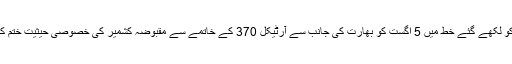
وزارت خارجہ سے جاری بیان کے مطابق شاہ محمود قریشی نے 'او ایچ سی ایچ آر' کو لکھے گئے خط میں 5 اگست کو بھارت کی جانب سے آرٹیکل 370 کے خاتمے سے مقبوضہ کشمیر کی خصوصی حیثیت ختم کرنے کے غیر قانونی اور یک طرفہ اقدامات کے سیاق و سباق اور نتائج سے آگاہ کیا۔